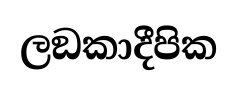
ලඞකාදීපික